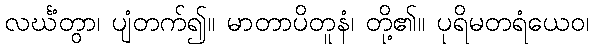
လင်္ဃံတွာ၊ ပျံတက်၍။ မာတာပိတူနံ၊ တို့၏။ ပုရိမတရံယေဝ၊